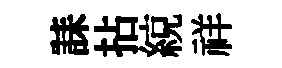
誄拈綂祥